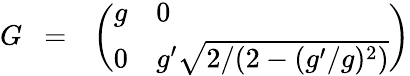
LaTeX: G~~=~~\left(\begin{array}{ll}{{g}}&{{0}}\\ {{0}}&{{g^{\prime}\sqrt{2/(2-(g^{\prime}/g)^{2})}}}\end{array}\right)